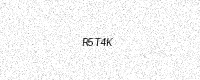
Text: R5T4K